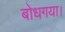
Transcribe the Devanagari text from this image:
बोधगया।